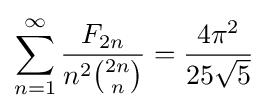
\sum _{n=1}^{\infty }{\frac {F_{2n}}{n^{2}{\binom {2n}{n}}}}={\frac {4\pi ^{2}}{25{\sqrt {5}}}}